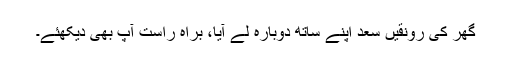
گھر کی رونقیں سعد اپنے ساتھ دوبارہ لے آیا، براہ راست آپ بھی دیکھئے۔